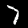
Label: 7